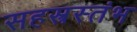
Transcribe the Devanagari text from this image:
सहस्त्रस्तंभ